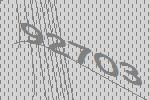
92703